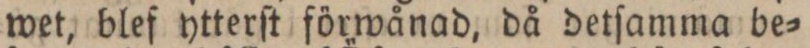
wet, blef ytterſt förwånad, då detſamma be=